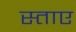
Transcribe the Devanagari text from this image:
स्ताए